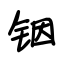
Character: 铟